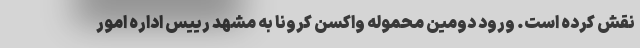
نقش کرده است. ورود دومین محموله واکسن کرونا به مشهد رییس اداره امور